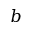
b